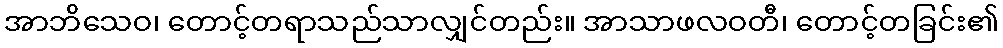
အာဘိသေဝ၊ တောင့်တရာသည်သာလျှင်တည်း။ အာသာဖလဝတီ၊ တောင့်တခြင်း၏